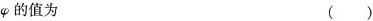
φ的值为（）